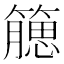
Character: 𥵖